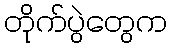
တိုက်ပွဲတွေက